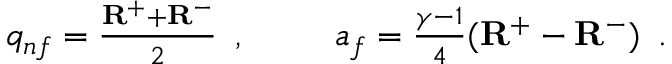
\begin{array} { r l r } { { q _ { n f } = \frac { \mathbf { R } ^ { + } + \mathbf { R } ^ { - } } { 2 } \, \mathrm { ~ , ~ } } } & { { } \ } & { { a _ { f } = \frac { \gamma - 1 } { 4 } ( \mathbf { R } ^ { + } - \mathbf { R } ^ { - } ) \, \mathrm { ~ . ~ } } } \end{array}